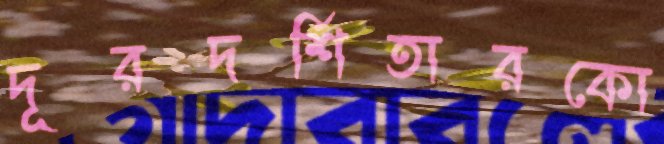
দূরদর্শিতারকো